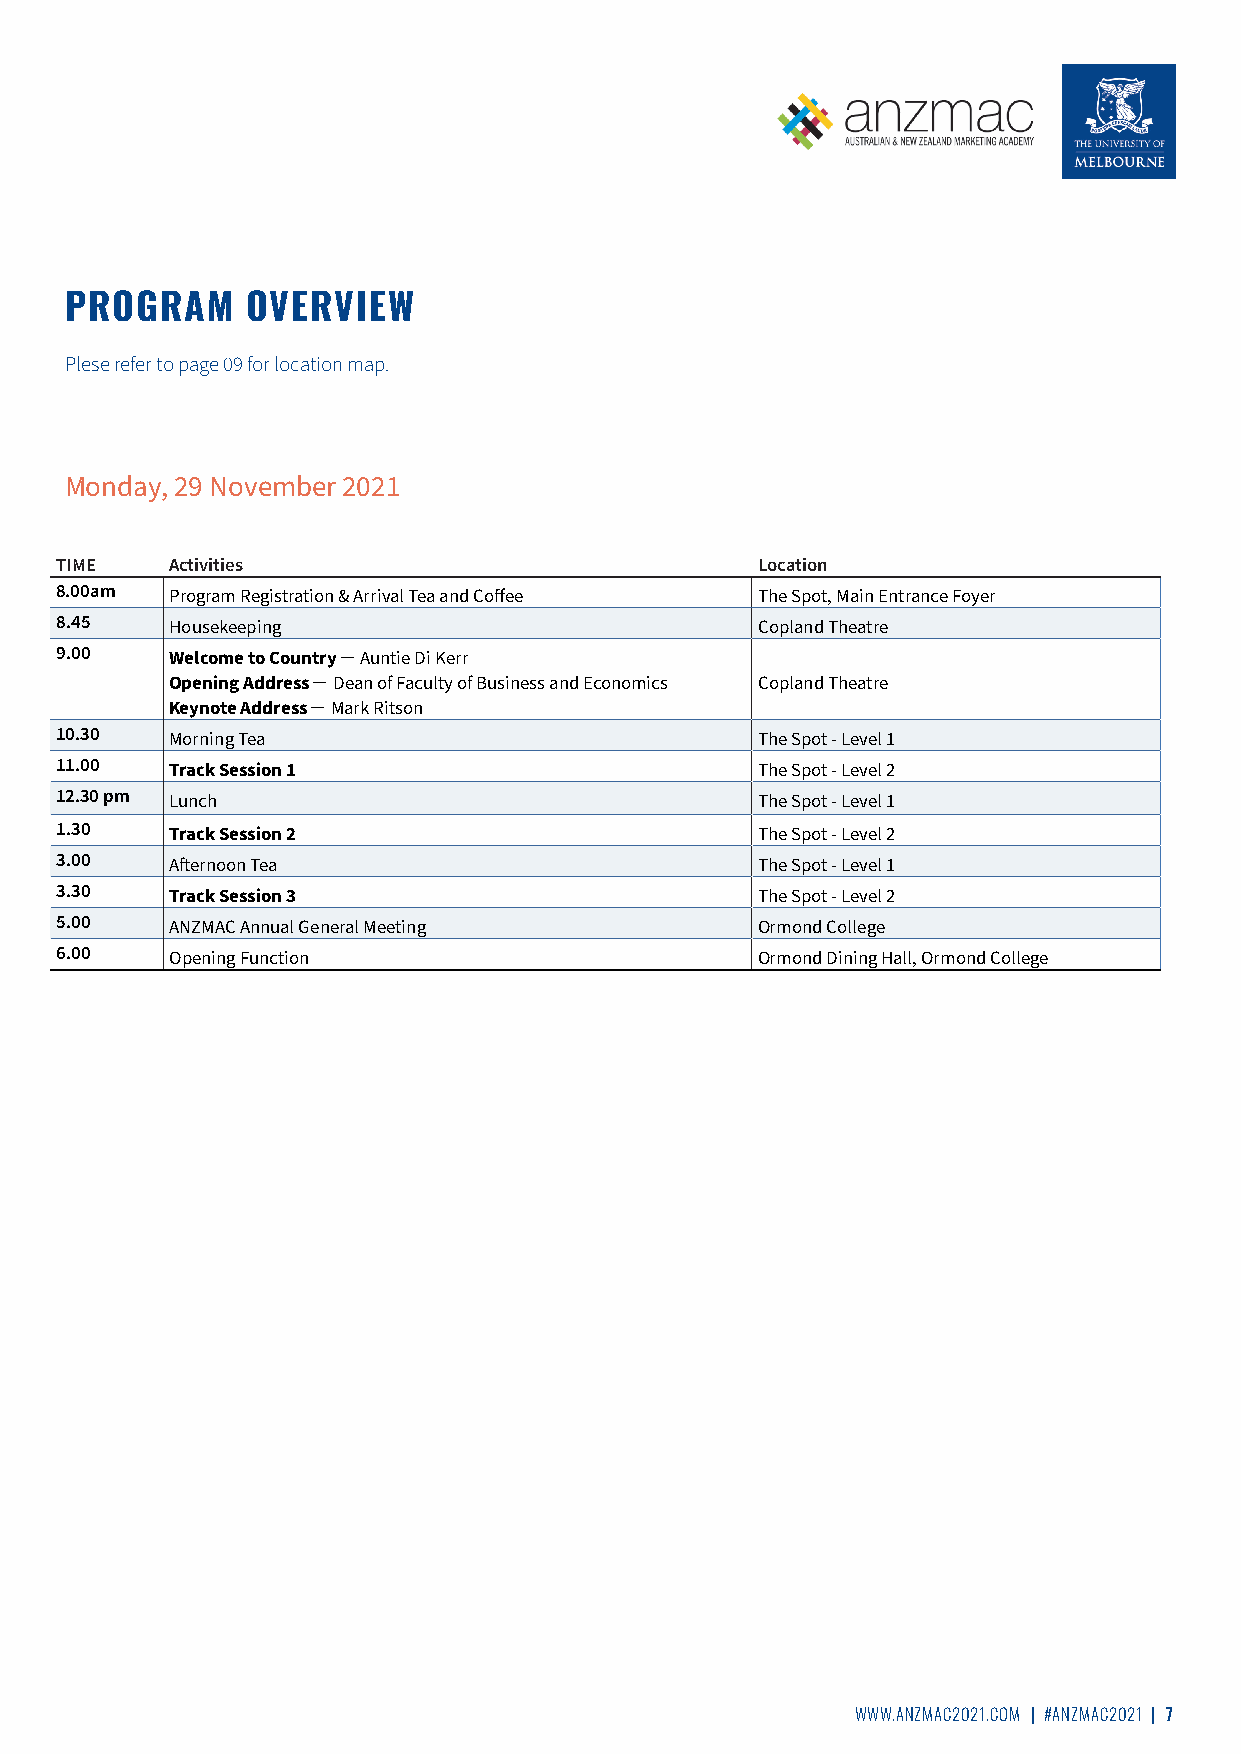
PROGRAM     OVERVIEW
 Plese refer to page 09 for location map.
 Monday, 29 November 2021
 TIME   Activities                             Location
 8.00am
 Program Registration & Arrival Tea and Coffee The Spot, Main Entrance Foyer
 8.45
 Housekeeping                           Copland Theatre
 9.00   Welcome to Country ̶ Auntie Di Kerr
 Opening Address ̶ Dean of Faculty of Business and Economics Copland Theatre
 Keynote Address ̶ Mark Ritson
 10.30
 Morning Tea                            The Spot - Level 1
 11.00
 Track Session 1                        The Spot - Level 2
 12.30 pm
 Lunch                                  The Spot - Level 1
 1.30
 Track Session 2                        The Spot - Level 2
 3.00
 Afternoon Tea                          The Spot - Level 1
 3.30
 Track Session 3                        The Spot - Level 2
 5.00
 ANZMAC Annual General Meeting          Ormond College
 6.00
 Opening Function                       Ormond Dining Hall, Ormond College
 WWW.ANZMAC2021.COM | #ANZMAC2021 | 7